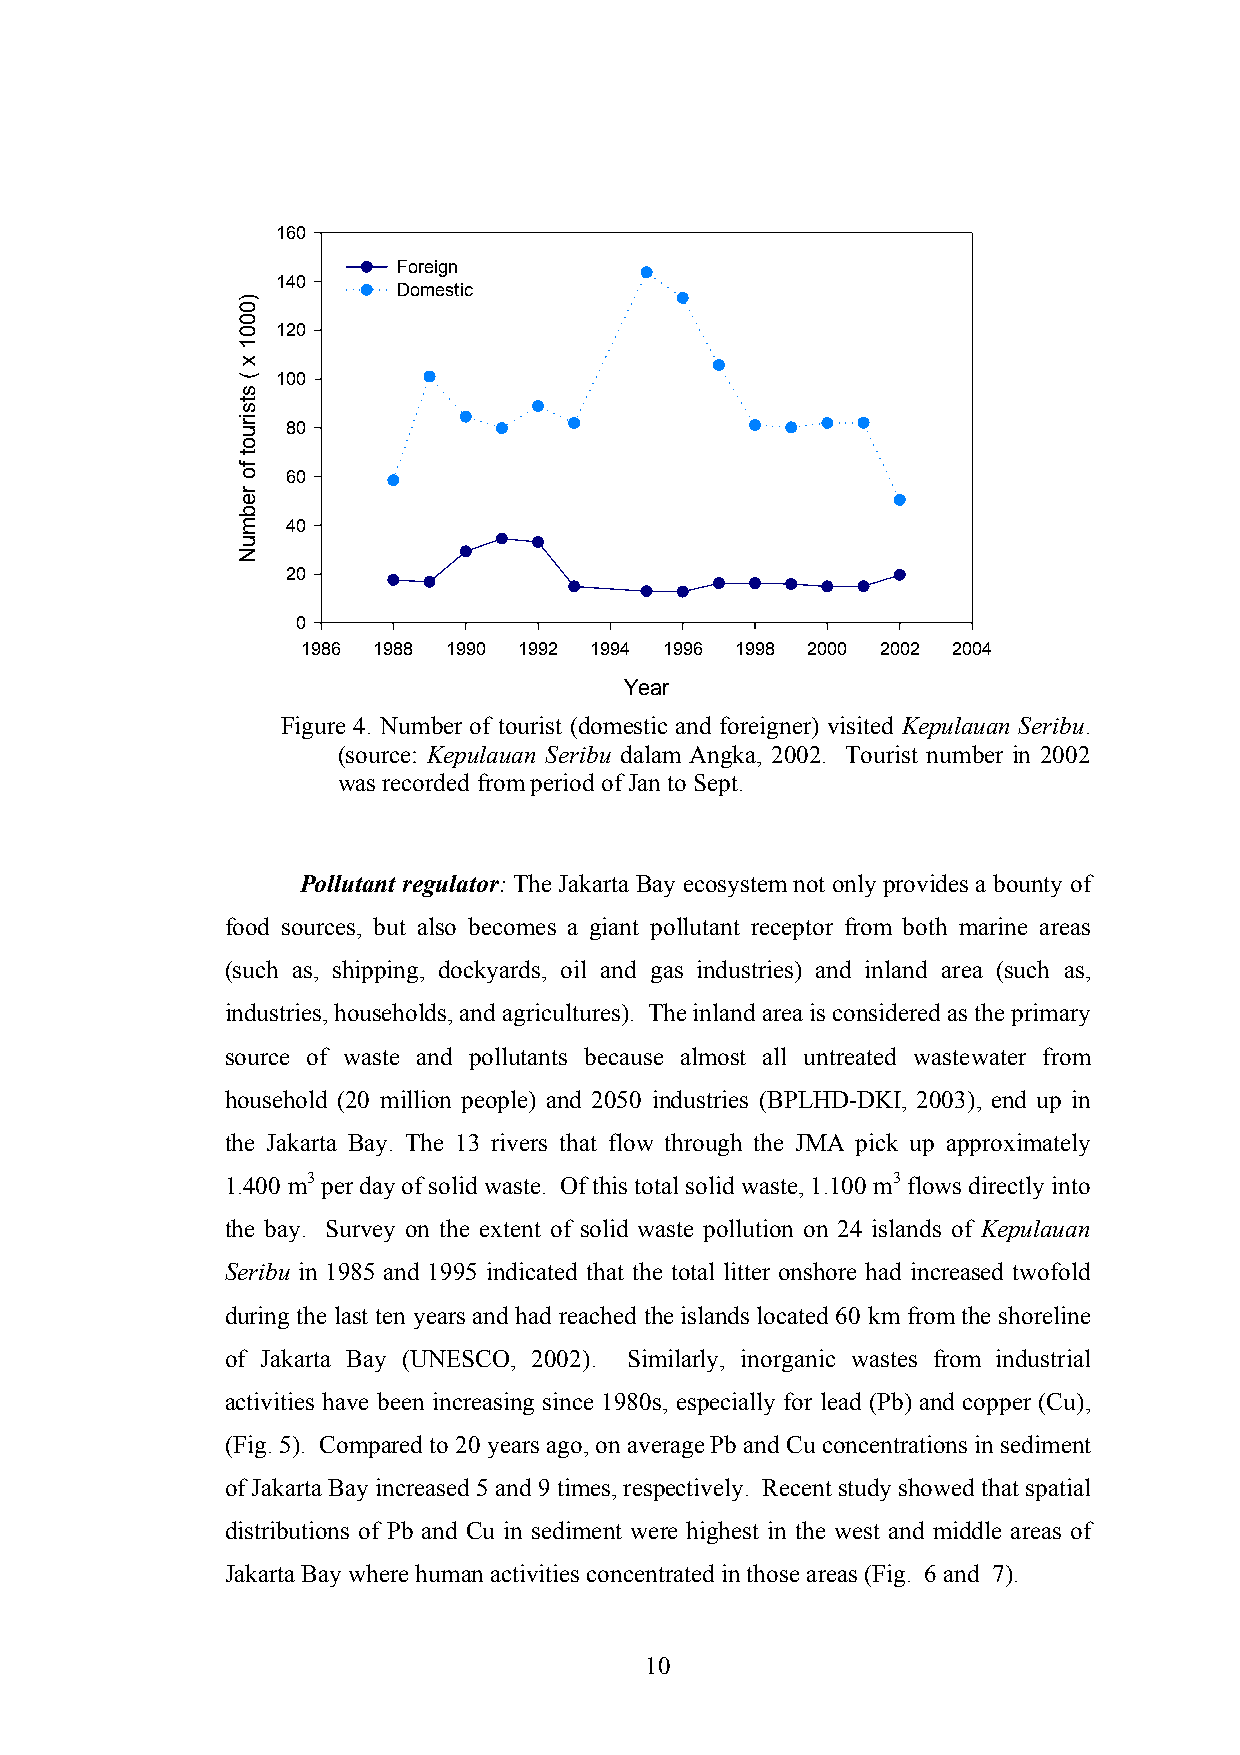
160
 Foreign
 140
 Domestic
 120
 100
 80
 60
 40
 20
 0
 1986 1988 1990 1992 1994 1996 1998 2000 2002 2004
 Year
 Figure 4. Number of tourist (domestic and foreigner) visited Kepulauan Seribu.
 (source: Kepulauan Seribu dalam Angka, 2002. Tourist number in 2002
 was recorded from period of Jan to Sept.
 Pollutant regulator: The Jakarta Bay ecosystem not only provides a bounty of
 food sources, but also becomes a giant pollutant receptor from both marine areas
 (such as, shipping, dockyards, oil and gas industries) and inland area (such as,
 industries, households, and agricultures). The inland area is considered as the primary
 source of waste and pollutants because almost all untreated wastewater from
 household (20 million people) and 2050 industries (BPLHD-DKI, 2003), end up in
 the Jakarta Bay. The 13 rivers that flow through the JMA pick up approximately
 1.400 m3 per day of solid waste. Of this total solid waste, 1.100 m3 flows directly into
 the bay. Survey on the extent of solid waste pollution on 24 islands of Kepulauan
 Seribu in 1985 and 1995 indicated that the total litter onshore had increased twofold
 during the last ten years and had reached the islands located 60 km from the shoreline
 of Jakarta Bay (UNESCO, 2002). Similarly, inorganic wastes from industrial
 activities have been increasing since 1980s, especially for lead (Pb) and copper (Cu),
 (Fig. 5). Compared to 20 years ago, on average Pb and Cu concentrations in sediment
 of Jakarta Bay increased 5 and 9 times, respectively. Recent study showed that spatial
 distributions of Pb and Cu in sediment were highest in the west and middle areas of
 Jakarta Bay where human activities concentrated in those areas (Fig. 6 and 7).
 10
 )0001
 x
 (
 stsiruot
 fo
 rebmuN